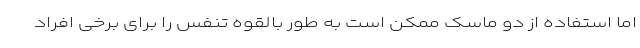
اما استفاده از دو ماسک ممکن است به طور بالقوه تنفس را برای برخی افراد